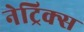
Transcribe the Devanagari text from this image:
नेट्रिक्स